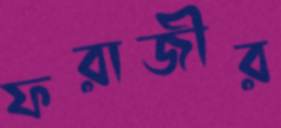
ফরাজীর